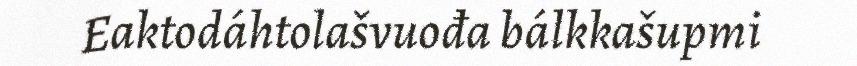
Eaktodáhtolašvuođa bálkkašupmi